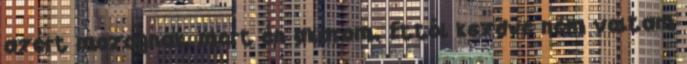
azért mozognak, mert én akarom. Ettől kezdve nem voltam